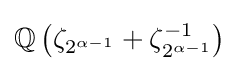
\mathbb {Q} \left(\zeta _{2^{\alpha -1}}+\zeta _{2^{\alpha -1}}^{-1}\right)